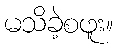
မသိခဲ့စဖူး။